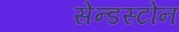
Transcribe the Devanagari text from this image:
सेन्डस्टोन